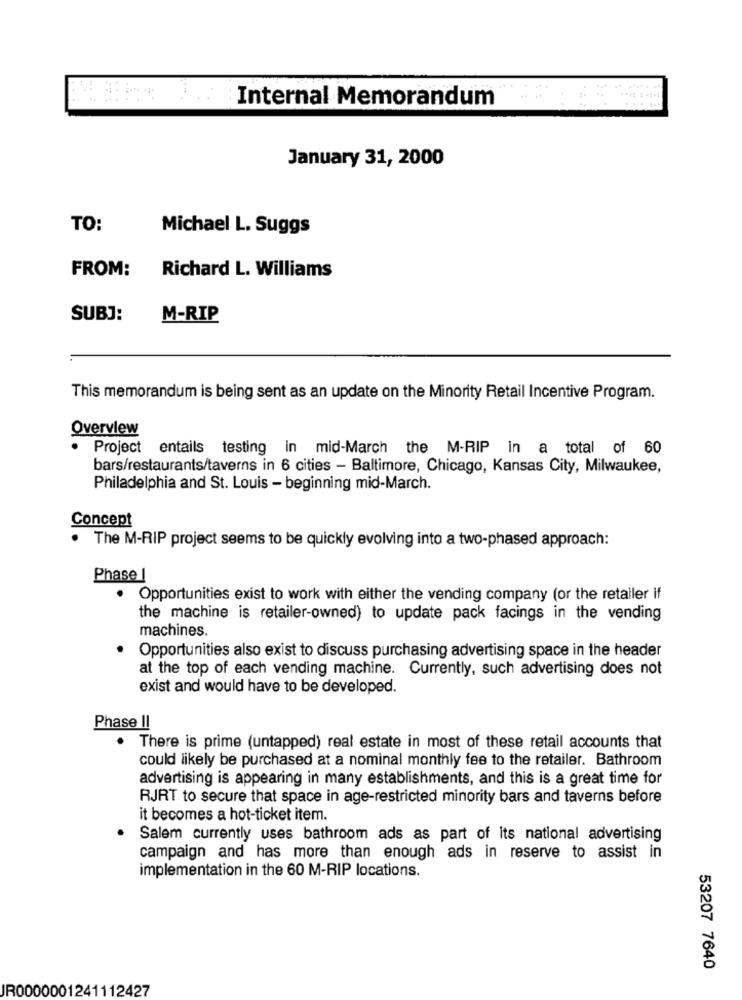
Internal Memorandum
January 31, 2000
TO:
Michael L. Suggs
Richard L. Williams
FROM:
SUBJ:
M-RIP
This memorandum is being sent as an update on the Minority Retail Incentive Program.
Overview
Project entails testing in mid-March the M-RIP in a total of 60
bars/restaurants/taverns in 6 cities - Baltimore, Chicago, Kansas City, Milwaukee,
Philadelphia and St. Louis - beginning mid-March.
Concept
. The M-RIP project seems to be quickly evolving into a two-phased approach:
Phase !
Opportunities exist to work with either the vending company (or the retailer if
the machine is retailer-owned) to update pack facings in the vending
machines.
Opportunities also exist to discuss purchasing advertising space in the header
at the top of each vending machine. Currently, such advertising does not
exist and would have to be developed.
Phase II
There is prime (untapped) real estate in most of these retail accounts that
could likely be purchased at a nominal monthly fee to the retailer. Bathroom
advertising is appearing in many establishments, and this is a great time for
RJRT to secure that space in age-restricted minority bars and taverns before
it becomes a hot-ticket item.
Salem currently uses bathroom ads as part of its national advertising
campaign and has more than enough ads in reserve to assist in
implementation in the 60 M-RIP locations.
53207 7640
JR0000001241112427